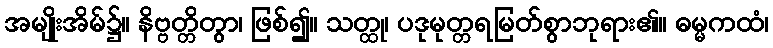
အမျိုးအိမ်၌။ နိဗ္ဗတ္တိတွာ၊ ဖြစ်၍။ သတ္ထု၊ ပဒုမုတ္တရမြတ်စွာဘုရား၏။ ဓမ္မကထံ၊